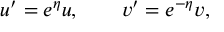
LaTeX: u ^ { \prime } = e ^ { \eta } u , \qquad v ^ { \prime } = e ^ { - \eta } v ,